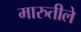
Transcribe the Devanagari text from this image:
मारुतीले